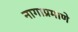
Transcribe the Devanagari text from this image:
नागाप्रमाणे